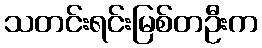
သတင်းရင်းမြစ်တဦးက